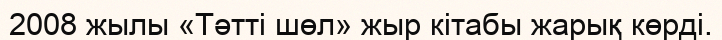
2008 жылы «Тәтті шөл» жыр кітабы жарық көрді.